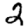
Digit: 2